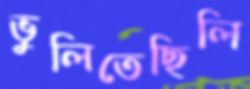
ভুলিতেছিলি